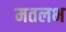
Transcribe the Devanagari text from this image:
मतलभ